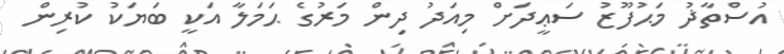
އުސްތާޛު މަޙުފޫޒު ސަޢީދަށް މިއަދު ދިން މަރުގެ ޙަމަލާ އަކީ ބަޔަކު ކުރިން